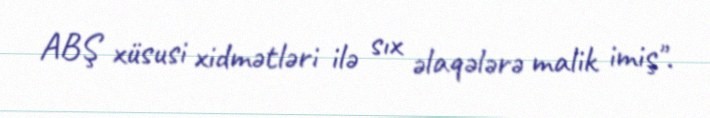
ABŞ xüsusi xidmətləri ilə sıx əlaqələrə malik imiş".